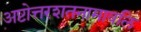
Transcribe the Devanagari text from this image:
अष्टोत्तरशतनामावलि